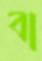
বা